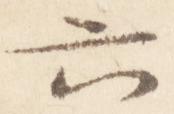
六